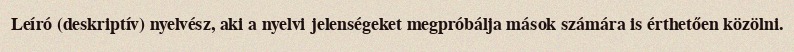
Leíró (deskriptív) nyelvész, aki a nyelvi jelenségeket megpróbálja mások számára is érthetően közölni.